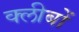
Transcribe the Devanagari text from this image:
क्लीबों